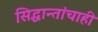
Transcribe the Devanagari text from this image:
सिद्धान्तांचाही